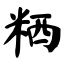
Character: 粞